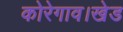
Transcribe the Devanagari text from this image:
कोरेगाव।खेड